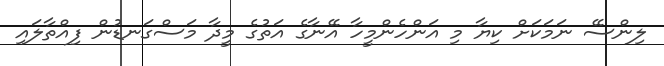
ލިންސޭ ނަމަކަށް ކިޔާ މި އަންހެންމީހާ އޭނާގެ އަތުގެ މީދާ މަސްގަނޑުން ފިއްތާލައި